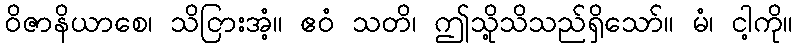
ဝိဇာနိယာစေ၊ သိငြားအံ့။ ဧဝံ သတိ၊ ဤသို့သိသည်ရှိသော်။ မံ၊ ငါ့ကို။